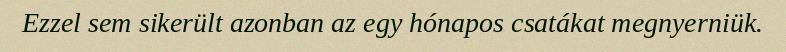
Ezzel sem sikerült azonban az egy hónapos csatákat megnyerniük.